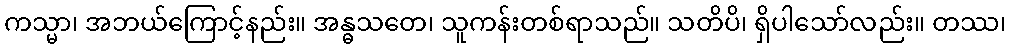
ကသ္မာ၊ အဘယ်ကြောင့်နည်း။ အန္ဓသတေ၊ သူကန်းတစ်ရာသည်။ သတိပိ၊ ရှိပါသော်လည်း။ တဿ၊